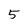
Character: 5